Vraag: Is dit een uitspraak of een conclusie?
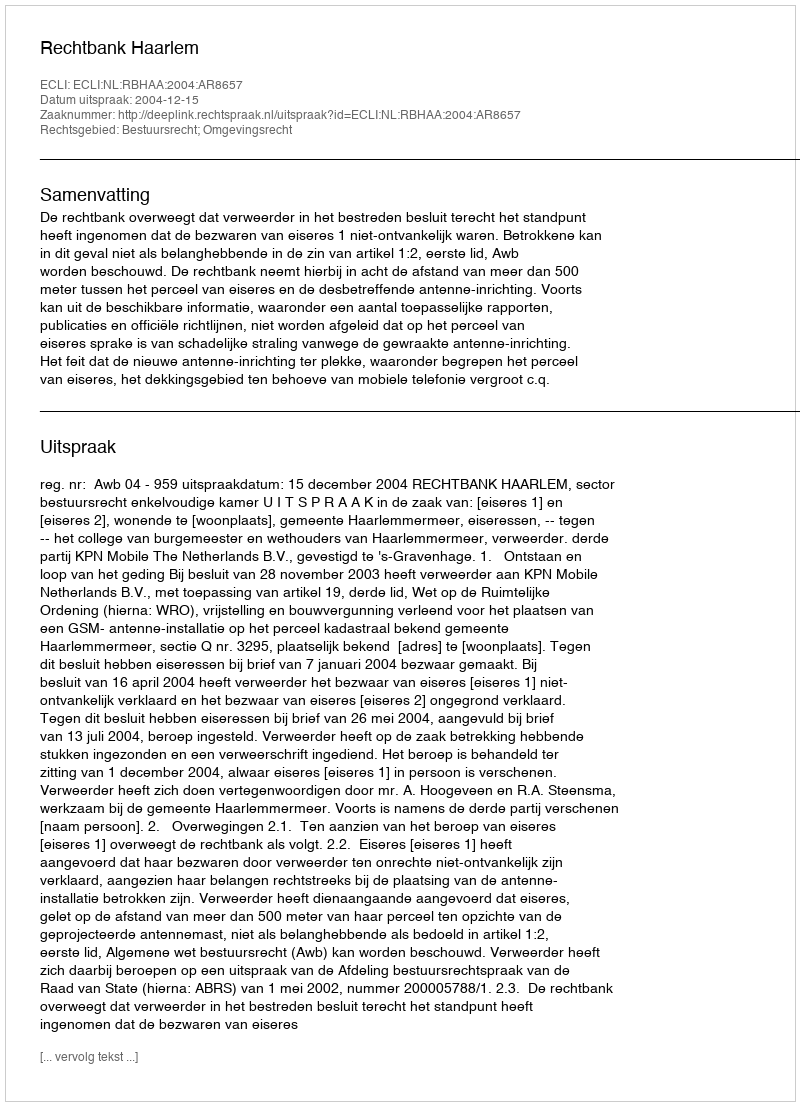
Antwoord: Uitspraak